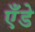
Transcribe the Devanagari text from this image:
एँडे